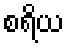
စရိယ